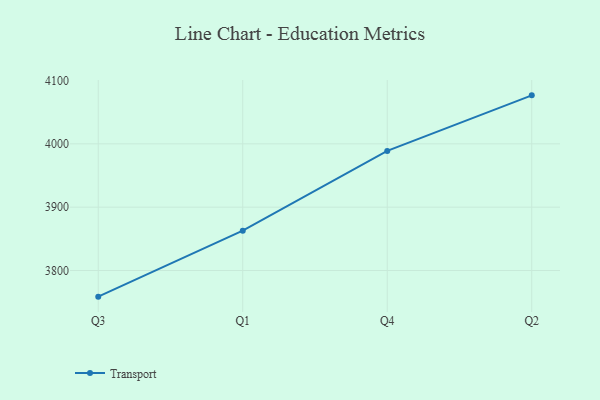
{"axis": {"x": "Quarter", "y": "Waste Production (Tons)"}, "legend": ["Transport"], "data": [{"x": "Q3", "y": 3758.7, "type": "Transport"}, {"x": "Q1", "y": 3862.9, "type": "Transport"}, {"x": "Q4", "y": 3988.9, "type": "Transport"}, {"x": "Q2", "y": 4076.6, "type": "Transport"}]}